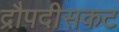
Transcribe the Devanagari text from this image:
द्रौपदीसकट